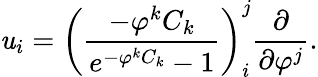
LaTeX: \mathit{u}_{i}=\left(\frac{{-\varphi^{k}C_{k}}}{{e^{-\varphi^{k}C_{k}}-1}}\right)_{i}^{j}\frac{{\partial}}{{\partial\varphi^{j}}}.